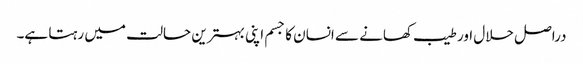
دراصل حلال اور طیب کھانے سے انسان کا جسم اپنی بہترین حالت میں رہتا ہے۔